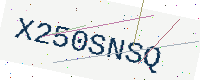
Text: X250SNSQ